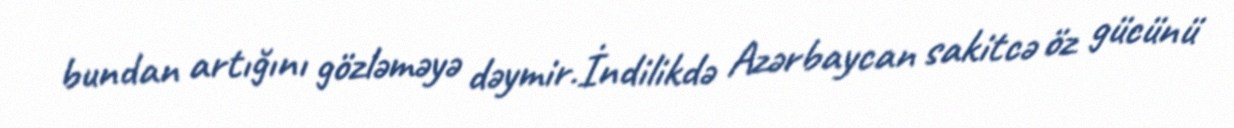
bundan artığını gözləməyə dəymir.İndilikdə Azərbaycan sakitcə öz gücünü